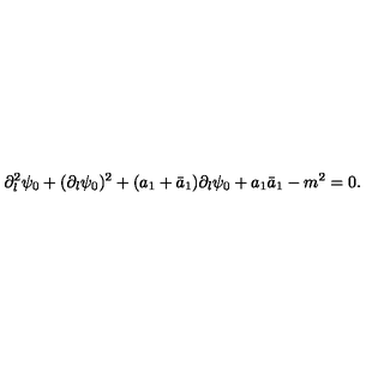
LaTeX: \partial _ { l } ^ { 2 } \psi _ { 0 } + ( \partial _ { l } \psi _ { 0 } ) ^ { 2 } + ( a _ { 1 } + \bar { a } _ { 1 } ) \partial _ { l } \psi _ { 0 } + a _ { 1 } \bar { a } _ { 1 } - m ^ { 2 } = 0 .